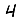
Digit: 4